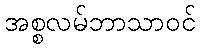
အစ္စလမ်ဘာသာဝင်